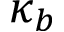
\kappa _ { b }